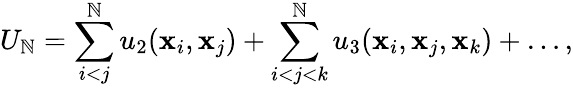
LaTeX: U_{\mathbb{N}}=\sum_{i<j}^{\mathbb{N}}u_{2}(\mathbf{{x}}_{i},\mathbf{{x}}_{j})+\sum_{i<j<k}^{\mathbb{N}}u_{3}(\mathbf{{x}}_{i},\mathbf{{x}}_{j},\mathbf{{x}}_{k})+\ldots,